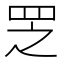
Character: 𱺻